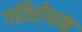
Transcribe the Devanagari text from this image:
गतिरोधक